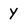
Character: y